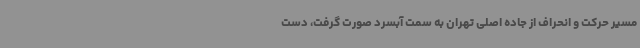
مسیر حرکت و انحراف از جاده اصلی تهران به سمت آبسرد صورت گرفت، دست